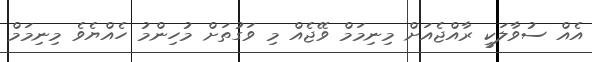
އެއް ސުވާލަކީ ރާއްޖެއަށް މިނިމަމް ވޭޖެއް މި ވަގުތަށް މުހިންމު ހެއްޔެވެ މިނިމަމް